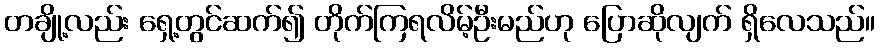
တချို့လည်း ရှေ့တွင်ဆက်၍ တိုက်ကြရလိမ့်ဦးမည်ဟု ပြောဆိုလျက် ရှိလေသည်။